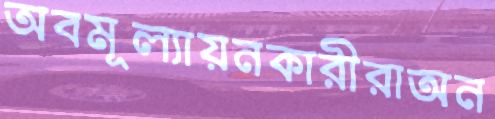
অবমূল্যায়নকারীরাঅন